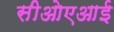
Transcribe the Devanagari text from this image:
सीओएआई